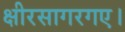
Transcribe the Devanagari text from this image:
क्षीरसागरगए।